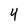
Character: 4